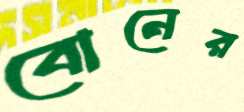
বোনের